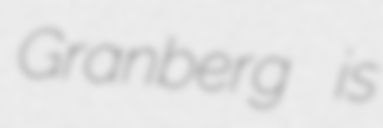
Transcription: Granberg is